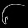
Digit: ၆